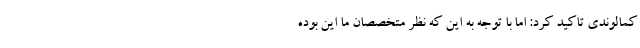
کمالوندی تاکید کرد: اما با توجه به این که نظر متخصصان ما این بوده